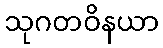
သုဂတဝိနယာ